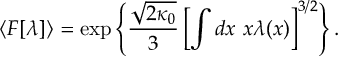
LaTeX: \langle F [ \lambda ] \rangle = \exp \left\{ \frac { \sqrt { 2 \kappa _ { 0 } } } { 3 } \left[ \int d x ~ x \lambda ( x ) \right] ^ { 3 / 2 } \right\} .